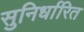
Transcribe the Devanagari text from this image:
सुनिर्धारित